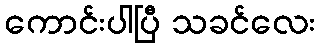
ကောင်းပါပြီ သခင်လေး